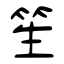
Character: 笙